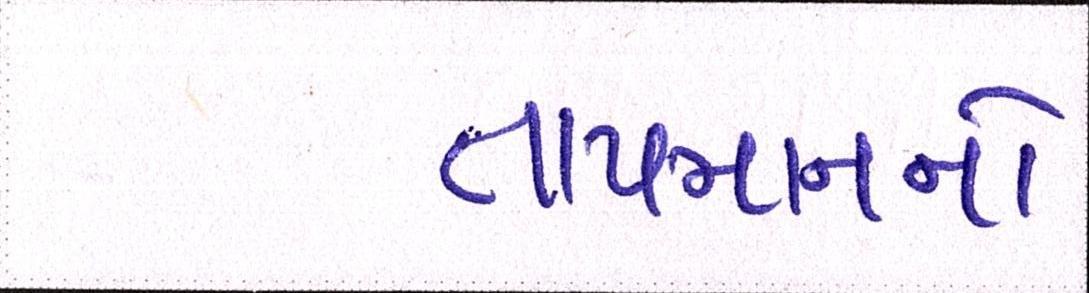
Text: તાપમાનનો